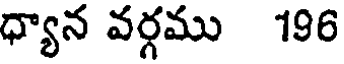
ధ్యాన వర్గము 196